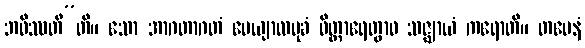
ဘဝိဿတီ”တိ။ သော အာဂတာဂတံ ပေယျာလမုခံ ဝိတ္ထာရေတွာဝ သဇ္ဈာယံ ကရောတိ။ တမေနံ